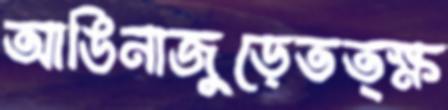
আঙিনাজুড়েতত্ক্ষ